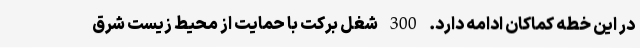
در این خطه کماکان ادامه دارد. 300 شغل برکت با حمایت از محیط زیست شرق